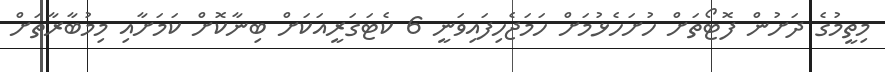
މިތީމުގެ ދަށުން ފޮޓޯތަށް ހުށަހެޅުމަށް ހަމަޖެހިފައިވަނީ 6 ކެޓަގަރީއަކަށް ބިނާކޮށް ކަމަށާއި މިމުބާރާތަށް